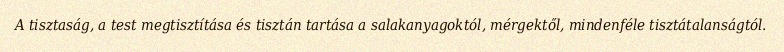
A tisztaság, a test megtisztítása és tisztán tartása a salakanyagoktól, mérgektől, mindenféle tisztátalanságtól.